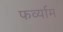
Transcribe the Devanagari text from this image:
फर्व्याम